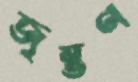
জৃম্ভণ